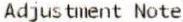
ADJUSTMENT NOTE